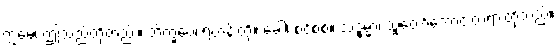
ဣမေ၊ ဤသည်တို့တည်း။ ဘိက္ခဝေ၊ ရဟန်းတို့။ ခေါ၊ စင်စစ်။ သဒ္ဓမ္မာ၊ သူတော်ကောင်းတရားတို့သည်။